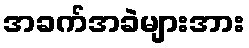
အခက်အခဲများအား